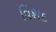
વિશદ